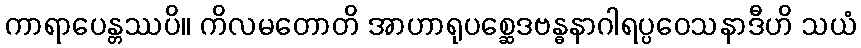
ကာရာပေန္တဿပိ။ ကိလမတောတိ အာဟာရုပစ္ဆေဒဗန္ဓနာဂါရပ္ပဝေသနာဒီဟိ သယံ